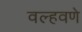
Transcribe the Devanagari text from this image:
वल्हवणे